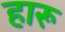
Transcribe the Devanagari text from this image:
हारू